Vaccination in Bombay 1889-1901 - 1889-1901
Year: 1889
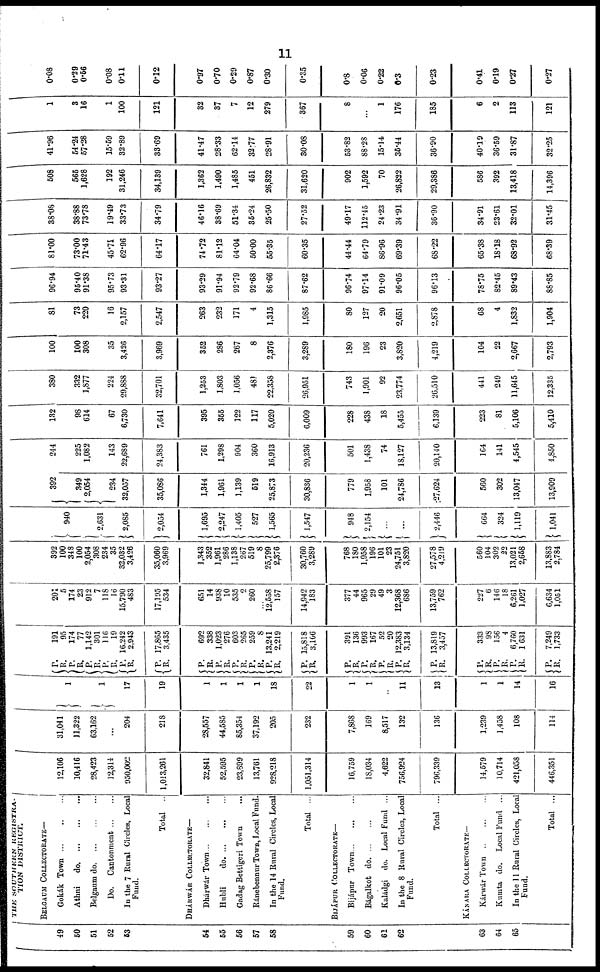
11
49
50
51
52
63
54
55
56
57
58
59
60
61
62
63
64
65
THE SOUTHERN REGISTRA¬
TION DISTRICT.
BELGAUM COLLECTORATE—
Gokák Town ... ... ...
Athni
do. ... ... ...
Belgaum do. ... ... ...
Do. Cantonment ... ...
In the 7 Rural Circles, Local
Fund.
Total ...
DHÁRWÁR COLLECTORATE—
Dhárwár Town ... ... ...
Hubli
do. ... ... ...
Gadag Bettigeri Town ...
Ránebennur Town, Local Fund.
In the 14 Rural Circles, Local
Fund.
Total ...
BIJÁPUR COLLECTORATE—
Bijápur Town ... ... ...
Bágalkot do
...
...
Kaládgi do. Local Fund ...
In the 8 Rural Circles, Local
Fund.
Total ...
KÁNARA COLLECTORATE—
Kárwár Town
...
...
...
Kumta do. Local Fund ...
In the 11 Rural Circles, Local
Fund.
Total ...
12,106
10,416
28,423
12,314
950,002
1,013,261
32,841
52,595
23,899
13,761
928,218
1,051,314
16,759
18,034
4,622
756,924
796,339
14,579
10,714
421,058
446,351
31,041
11,322
63,162
...
204
218
28,557
44,585
85,354
37,192
205
232
7,868
169
8,517
132
136
1,239
1,458
108
114
1
1
17
19
1
1
1
1
18
22
1
1
...
11
13
1
1
14
16
P.
R.
P.
R.
P.
R.
P.
R.
P.
R.
P.
R.
P.
R. P.
R.
P.
R.
P. R.
P.
R.
P.
R.
P.
R. P.
R. P.
R.
P.
R.
P.
R.
P.
R. P.
R.
P.
R.
P.
R.
191
95
174
77
1,142
301
116
19
16,242
2,943
17,865
3,435
692
338
1,023
276
603
265
259
8
13,241
2,219
15,818
3,106
391
136
993
167
52
20
12,383
3,134
13,819
3,457
333
98
156
4
6,760
1,631
7,249
1,733
201
5
174
23
912
7
118
16
15,790
483
17,195
534
651
14
938
10
535
2
260
...
12,558
157
14,942
183
377
44
965
29
49
3
12,368
686
13,759
762
227
6
146
18
6,261
1,027
6,634
1,051
392
100
348
100
2,054
308
234
35
32,032
3,426
35,060
3,969
1,343
352
1,961
286
1,138
267
519
8
25,799
2,376
30,760
3,289
768
180
1,958
196
101
23
24,751
3,820
27,578
4,219
560
104
302
22
13,021
2,658
13,883
2,784
940
2,631
2,085
2,054
1,695
2,247
1,405
527
1,565
1,547
948
2,154
...
...
1 2,446
664
324
1,119
1,041
392
349
2,054
234
32,057
35,086
1,344
1,961
1,139
519
25,873
30,836
779
1,958
101
24,786
27,624
560
302
13,047
13,909
244
225
1,082
143
22,689
24,383
761
1,298
904
360
16,913
20,236
501
1,438
74
18,127
20,140
164
141
4,545
4,850
132
98
614
67
6,730
7,641
395
355
122
117
5,020
6,009
228
438
18
5,455
6,139
223
81
5,106
5,410
380
332
1,877
224
29,888
32,701
1,253
1,803
1,056
481
22,358
26,951
743
1,901
92
23,774
26,510
441
249
11,645
12,335
100
100
308
35
3,426
3,969
352
286
267
8
2,376
3,289
180
196
23
3,820
4,219
104
22
2,667
2,793
81
73
220
16
2,157
2,547
263
232
171
4
1,315
1,985
80
127
20
2,651
2,878
68
4
1,832
1,904
96.94
95.40
91.38
95.73
93.31
93.27
93.29
91.94
92.79
92.68
86.66
87.62
96.74
97.14
91.09
96.05
96.13
78.75
82.45
89.43
88.85
81.00
73.00
71.43
45.71
62.96
64.17
74.72
81.12
64.04
50.00
55.35
60.35
44.44
64.79
86.96
69.39
68.22
65.38
18.18
68.92
68.39
38.08
38.88
73.78
19.49
33.73
34.79
46.16
38.69
51.34
35.24
25.50
27.52
49.17
112.45
24.23
34.91
36.90
34.91
23.61
32.01
31.45
508
565
1,628
192
31,246
34,139
1,362
1,490
1,485
451
26,832
31,620
902
1,592
70
26,822
29,386
586
392
13,418
14,396
41.96
54.24
57.28
15.59
32.89
33.69
41.47
28.33
62.14
32.77
28.91
30.08
53.82
88.28
15.14
35.44
36.90
40.19
36.59
31.87
32.25
1
3
16
1
100
121
32
37
7
12
279
367
8
...
1
176
185
6
2
113
121
0.08
0.29
0.56
0.08
0.11
0.12
0.97
0.70
0.29
0.87
0.30
0.35
0.8
0.06
0.22
0.3
0.23
0.41
0.19
0.27
0.27